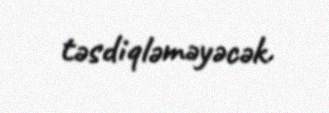
təsdiqləməyəcək.